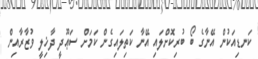
ކަނޑިއަކުން އޭނާގެ ބޯ ބުރިކޮށްލައި އޭނާ ކަތިލައިގެން ކަމަށް ސަޢޫދީ ދާޚިލީ ވުޒާރާއިން